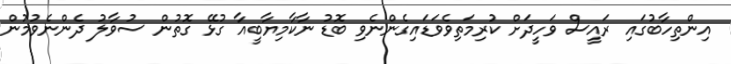
އިންތިހާބުގައި ރައީސް ވަހީދަށް ކުރިމަތިވެވަޑައިގެންނެވި ބޮޑު ނާކާމިޔާބީއާ ގުޅޭ ގޮތުން ސުވާލު ދެންނެވުމުން